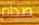
صدام